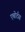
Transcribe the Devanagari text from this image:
एबोर्टस